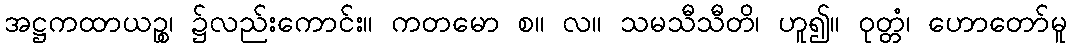
အဋ္ဌကထာယဉ္စ၊ ၌လည်းကောင်း။ ကတမော စ။ လ။ သမသီသီတိ၊ ဟူ၍။ ဝုတ္တံ၊ ဟောတော်မူ